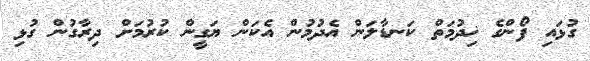
ގުޅައި ފޯންގެ ޚިދުމަތް ކަނޑާލަން އެދުމުން އެކަން ޔަގީން ކުރުމަށް ދިރާގުން ގުޅި